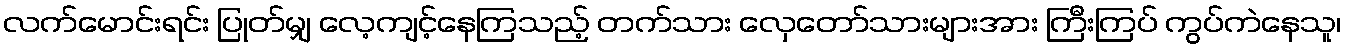
လက်မောင်းရင်း ပြုတ်မျှ လေ့ကျင့်နေကြသည့် တက်သား လှေတော်သားများအား ကြီးကြပ် ကွပ်ကဲနေသူ၊